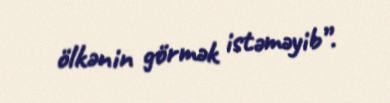
ölkənin görmək istəməyib”.